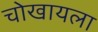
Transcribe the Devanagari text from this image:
चोखायला